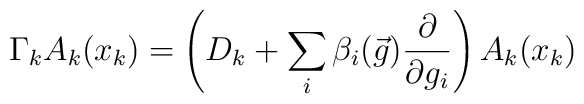
\Gamma _{k}A_{k}(x_{k})=\left( D_{k}+\sum _{i}\beta _{i}(\vec{g})\frac{\partial }{\partial g_{i}}\right) A_{k}(x_{k})